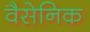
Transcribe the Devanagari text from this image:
वैसेनिक